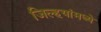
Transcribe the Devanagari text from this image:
जिल्हयांमध्ये